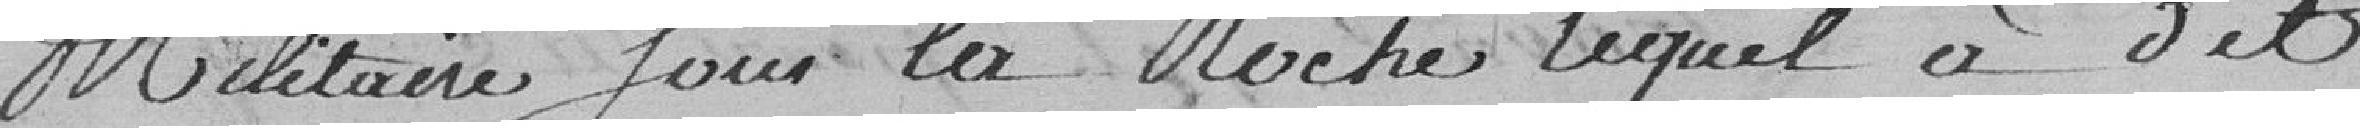
militaire sous la Roche lequel a dit